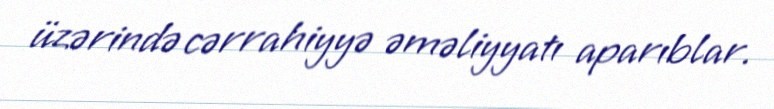
üzərində cərrahiyyə əməliyyatı aparıblar.